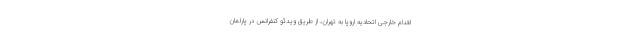
اقدام خارجی اتحادیه اروپا به تهران، از طریق ویدئو کنفرانس در پارلمان